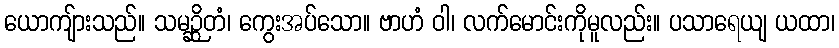
ယောကျ်ားသည်။ သမဉ္ဆိတံ၊ ကွေးအပ်သော။ ဗာဟံ ဝါ၊ လက်မောင်းကိုမူလည်း။ ပသာရေယျ ယထာ၊